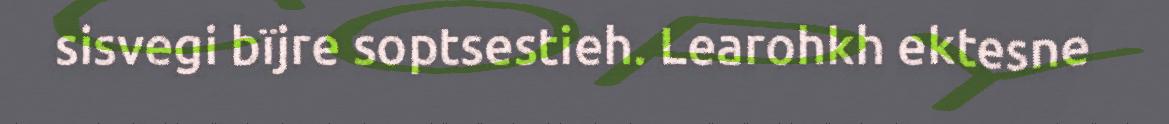
sisvegi bïjre soptsestieh. Learohkh ektesne